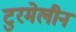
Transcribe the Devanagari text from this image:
टुरमेलीन